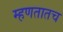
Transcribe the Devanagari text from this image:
म्हणतातच